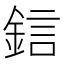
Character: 𨦼